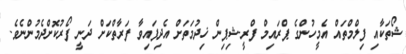
ޝޯތަކާއި ފިލްމްތައް އެމީހުންގެ ޕްރައިމް ފްރީ-ޝިޕިން ޚިދުމަތަށް އެދިފައިވާ ފަރާތްކަށް ދަނީ ފޯރުކޮށްދެމުންނެވެ.